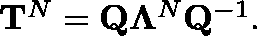
\begin{array} { r } { \mathbf { T } ^ { N } = \mathbf { Q } \mathbf { \Lambda } ^ { N } \mathbf { Q } ^ { - 1 } . } \end{array}